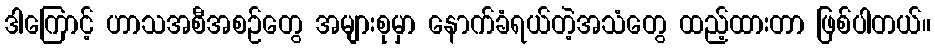
ဒါကြောင့် ဟာသအစီအစဉ်တွေ အများစုမှာ နောက်ခံရယ်တဲ့အသံတွေ ထည့်ထားတာ ဖြစ်ပါတယ်။